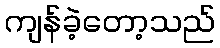
ကျန်ခဲ့တော့သည်